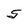
Character: S